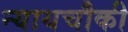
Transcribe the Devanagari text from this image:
न्यायचौकी